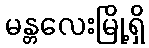
မန္တလေးမြို့ရှိ